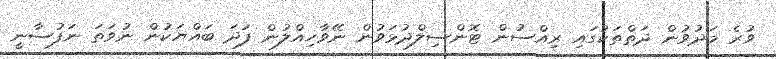
ވުރެ މަދުވުން ދަތްތަކުގައި ރިއްސުން ޓޮންސިލްދުޅަވުން ނޭވާހިއްލުން ފަދަ ބައްޔަކުން ނުވަތަ ނަފުސާނީ